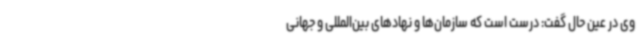
وی در عین حال گفت: درست است که سازمان‌ها و نهادهای بین‌المللی و جهانی